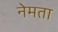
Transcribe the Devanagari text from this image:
नेमता